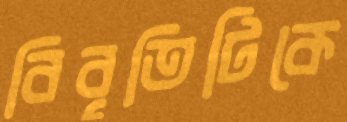
বিবৃতিটিকে